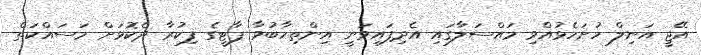
އޭޖީ އަނިލް ހުށަހެޅުއްވި މައްސަލާގައި އެދިފައިވަނީ އިންތިހާބުވާ ޕާޓީގެ ފިކުރާ ދެކޮޅަށް މަސައްކަތް